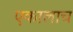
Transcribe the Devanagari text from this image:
एकालाच